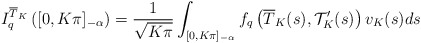
\begin{align*} I^{\overline{T}_K}_{q}\left([0,K\pi]_{-{\alpha}}\right)=\frac{1}{\sqrt{K\pi}}\int_{[0,K\pi]_{-{\alpha}}}f_{q}\left(\overline{T}_K(s),\mathcal {T}^{\prime}_K(s)\right)v_K(s)ds\end{align*}